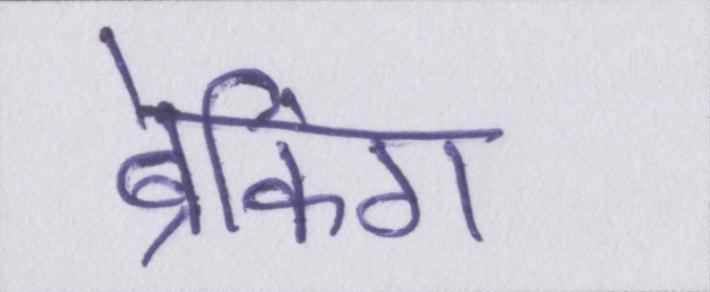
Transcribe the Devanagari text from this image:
ब्रेकिंग